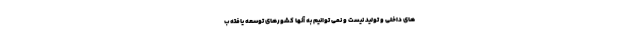
های داخلی و تولید نیست و نمی توانیم به آنها کشورهای توسعه یافته ب